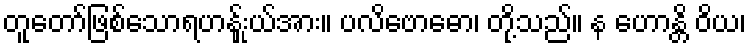
တူတော်ဖြစ်သောရဟန်းှုယ်အား။ ပလိဗောဓော၊ တို့သည်။ န ဟောန္တိ ဝိယ၊